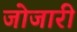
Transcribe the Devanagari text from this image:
जोजारी